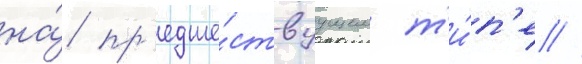
на́ пр'едше́ствуущем т'и́п'е //